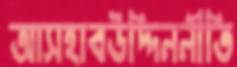
আসহাবউদ্দিননীতি